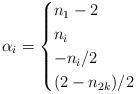
LaTeX: \begin{align*}\alpha_i=\begin{cases}n_1-2&\\n_i&\\-n_i/2&\\(2-n_{2k})/2&\end{cases}\end{align*}